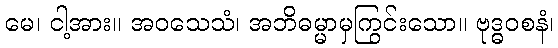
မေ၊ ငါ့အား။ အဝသေသံ၊ အဘိဓမ္မာမှကြွင်းသော။ ဗုဒ္ဓဝစနံ၊